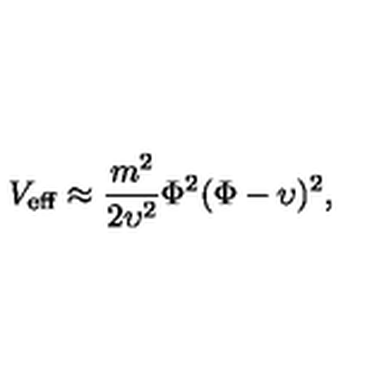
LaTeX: V _ { \mathrm { e f f } } \approx \frac { m ^ { 2 } } { 2 \upsilon ^ { 2 } } \Phi ^ { 2 } ( \Phi - \upsilon ) ^ { 2 } ,